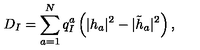
D _ { I } = \sum _ { a = 1 } ^ { N } q _ { I } ^ { a } \left( | h _ { a } | ^ { 2 } - | \tilde { h } _ { a } | ^ { 2 } \right) ,